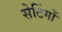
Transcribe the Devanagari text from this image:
सेटिंगों